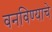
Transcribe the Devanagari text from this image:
वनविण्याचे